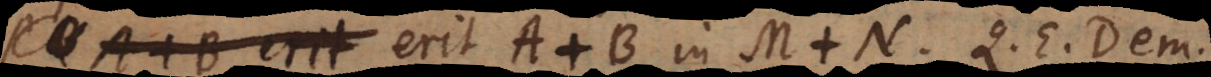
rit A + B in M + N. Q. E. Dem.